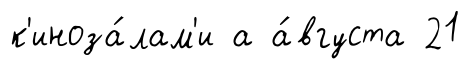
к'иноза́лам'и а а́вгуста 21